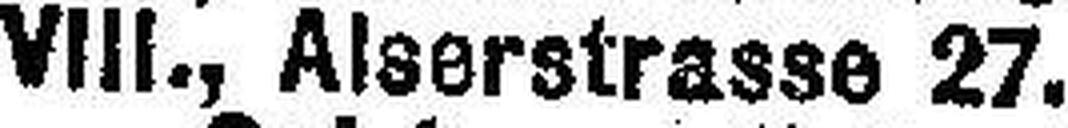
VIII. , Alserstrasse 27.